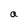
Character: a